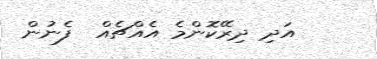
އަދި ދިރޭކޮންމެ އެއްޗެއް  ފެނުން